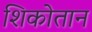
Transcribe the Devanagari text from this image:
शिकोतान